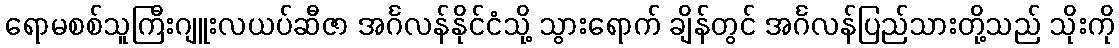
ရောမစစ်သူကြီးဂျူးလယပ်ဆီဇာ အင်္ဂလန်နိုင်ငံသို့ သွားရောက် ချိန်တွင် အင်္ဂလန်ပြည်သားတို့သည် သိုးကို